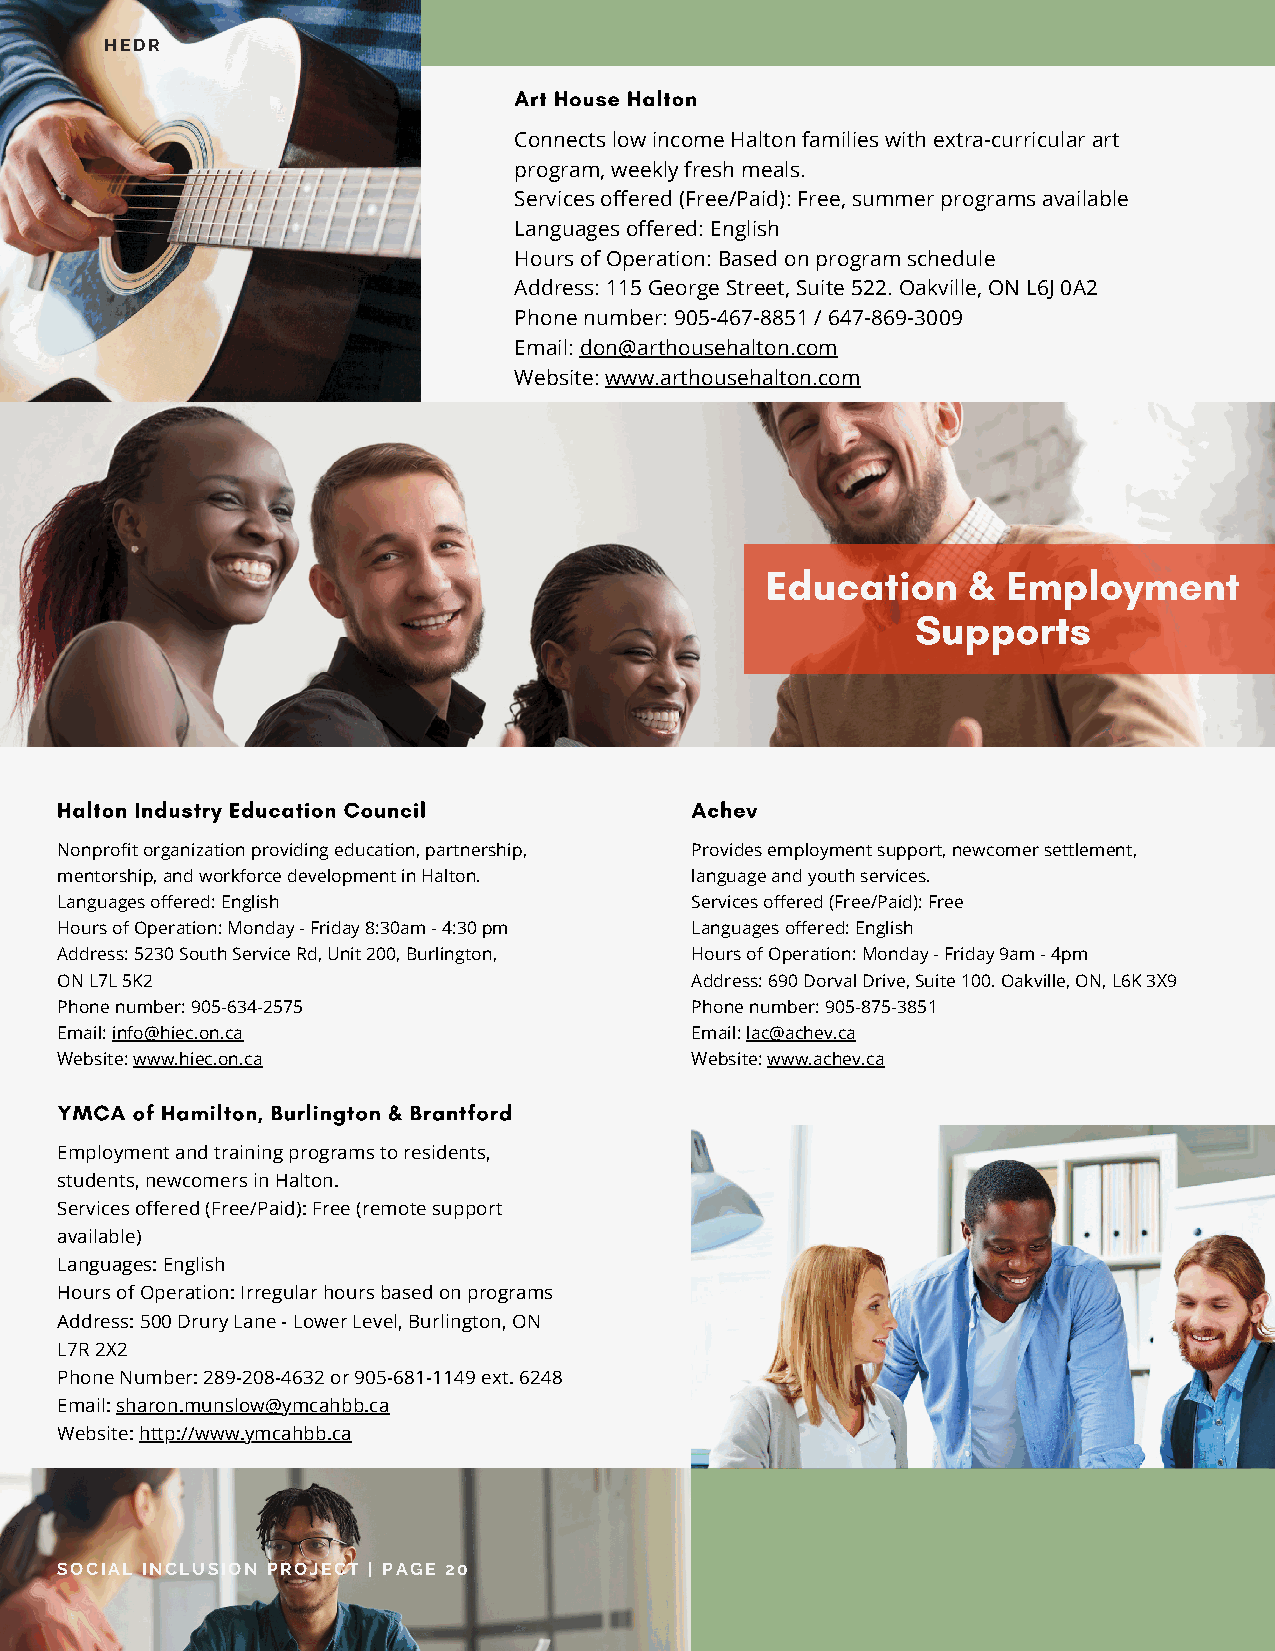
HEDR
 Art House Halton
 Connects low income Halton families with extra-curricular art
 program, weekly fresh meals.
 Services offered (Free/Paid): Free, summer programs available
 Languages offered: English
 Hours of Operation: Based on program schedule
 Address: 115 George Street, Suite 522. Oakville, ON L6J 0A2
 Phone number: 905-467-8851 / 647-869-3009
 Email: don@arthousehalton.com
 Website: www.arthousehalton.com
 Education    &  Employment
 Supports
 Halton Industry Education Council         Achev
 Nonprofit organization providing education, partnership, Provides employment support, newcomer settlement,
 mentorship, and workforce development in Halton. language and youth services.
 Languages offered: English                Services offered (Free/Paid): Free
 Hours of Operation: Monday - Friday 8:30am - 4:30 pm Languages offered: English
 Address: 5230 South Service Rd, Unit 200, Burlington, Hours of Operation: Monday - Friday 9am - 4pm
 ON L7L 5K2                                Address: 690 Dorval Drive, Suite 100. Oakville, ON, L6K 3X9
 Phone number: 905-634-2575                Phone number: 905-875-3851
 Email: info@hiec.on.ca                    Email: lac@achev.ca
 Website: www.hiec.on.ca                   Website: www.achev.ca
 YMCA of Hamilton, Burlington & Brantford
 Employment and training programs to residents,
 students, newcomers in Halton.
 Services offered (Free/Paid): Free (remote support
 available)
 Languages: English
 Hours of Operation: Irregular hours based on programs
 Address: 500 Drury Lane - Lower Level, Burlington, ON
 L7R 2X2
 Phone Number: 289-208-4632 or 905-681-1149 ext. 6248
 Email: sharon.munslow@ymcahbb.ca
 Website: http://www.ymcahbb.ca
 SOCIAL INCLUSION PROJECT | PAGE 20